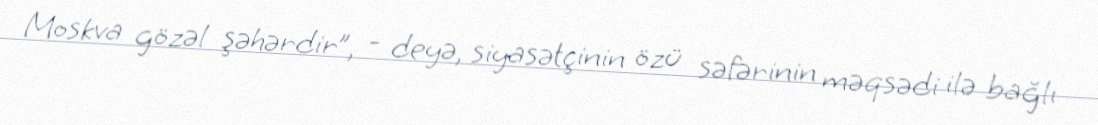
Moskva gözəl şəhərdir”, - deyə, siyasətçinin özü səfərinin məqsədi ilə bağlı